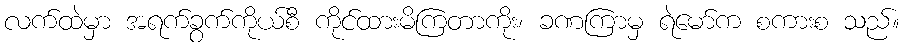
လက်ထဲမှာ အရက်ခွက်ကိုယ်စီ ကိုင်ထားမိကြတာကိုး၊ ခဏကြာမှ ရဲမော်က စကားစ သည်။